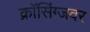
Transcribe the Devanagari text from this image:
क्राॅसिंग्जवर